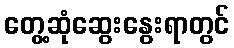
တွေ့ဆုံဆွေးနွေးရာတွင်